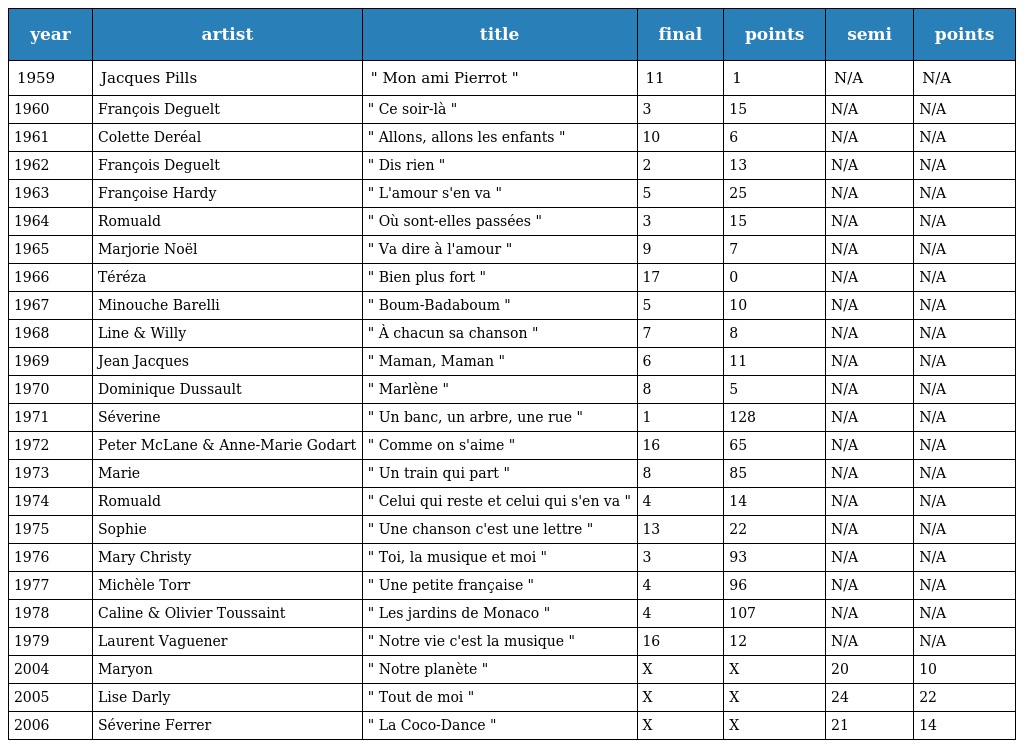
| year | artist | title | final | points | semi | points |
 | --- | --- | --- | --- | --- | --- | --- |
 | 1959 | Jacques Pills | " Mon ami Pierrot " | 11 | 1 | N/A | N/A |
 | 1960 | François Deguelt | " Ce soir-là " | 3 | 15 | N/A | N/A |
 | 1961 | Colette Deréal | " Allons, allons les enfants " | 10 | 6 | N/A | N/A |
 | 1962 | François Deguelt | " Dis rien " | 2 | 13 | N/A | N/A |
 | 1963 | Françoise Hardy | " L'amour s'en va " | 5 | 25 | N/A | N/A |
 | 1964 | Romuald | " Où sont-elles passées " | 3 | 15 | N/A | N/A |
 | 1965 | Marjorie Noël | " Va dire à l'amour " | 9 | 7 | N/A | N/A |
 | 1966 | Téréza | " Bien plus fort " | 17 | 0 | N/A | N/A |
 | 1967 | Minouche Barelli | " Boum-Badaboum " | 5 | 10 | N/A | N/A |
 | 1968 | Line & Willy | " À chacun sa chanson " | 7 | 8 | N/A | N/A |
 | 1969 | Jean Jacques | " Maman, Maman " | 6 | 11 | N/A | N/A |
 | 1970 | Dominique Dussault | " Marlène " | 8 | 5 | N/A | N/A |
 | 1971 | Séverine | " Un banc, un arbre, une rue " | 1 | 128 | N/A | N/A |
 | 1972 | Peter McLane & Anne-Marie Godart | " Comme on s'aime " | 16 | 65 | N/A | N/A |
 | 1973 | Marie | " Un train qui part " | 8 | 85 | N/A | N/A |
 | 1974 | Romuald | " Celui qui reste et celui qui s'en va " | 4 | 14 | N/A | N/A |
 | 1975 | Sophie | " Une chanson c'est une lettre " | 13 | 22 | N/A | N/A |
 | 1976 | Mary Christy | " Toi, la musique et moi " | 3 | 93 | N/A | N/A |
 | 1977 | Michèle Torr | " Une petite française " | 4 | 96 | N/A | N/A |
 | 1978 | Caline & Olivier Toussaint | " Les jardins de Monaco " | 4 | 107 | N/A | N/A |
 | 1979 | Laurent Vaguener | " Notre vie c'est la musique " | 16 | 12 | N/A | N/A |
 | 2004 | Maryon | " Notre planète " | X | X | 20 | 10 |
 | 2005 | Lise Darly | " Tout de moi " | X | X | 24 | 22 |
 | 2006 | Séverine Ferrer | " La Coco-Dance " | X | X | 21 | 14 |